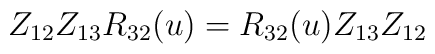
Z_{12}Z_{13}R_{32}(u)=   R_{32}(u)Z_{13}Z_{12}